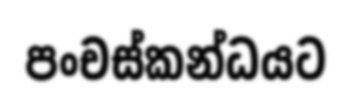
පංචස්කන්ධයට